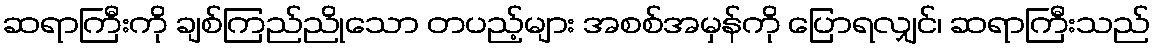
ဆရာကြီးကို ချစ်ကြည်ညိုသော တပည့်များ အစစ်အမှန်ကို ပြောရလျှင်၊ ဆရာကြီးသည်